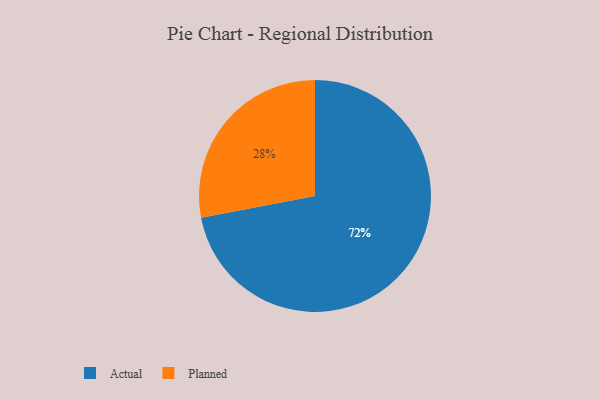
{"axis": {"x": "Category", "y": "Percentage"}, "legend": ["Actual", "Planned"], "data": [{"x": "Planned", "y": 28, "type": "Planned"}, {"x": "Actual", "y": 72, "type": "Actual"}]}